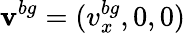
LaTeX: \mathbf{v}^{bg}=(v_{x}^{bg},0,0)